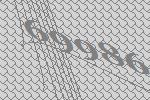
69986